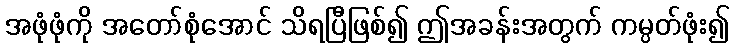
အဖုံဖုံကို အတော်စုံအောင် သိရပြီဖြစ်၍ ဤအခန်းအတွက် ကမ္ပတ်ဖုံး၍